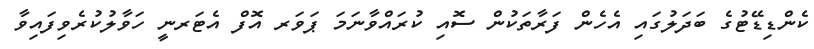
ކެންޑިޑޭޓުގެ ބަދަލުގައި އެހެން ފަރާތަކުން ސޮއި ކުރައްވާނަމަ ޕަވަރ އޮފް އެޓަރނީ ހަވާލުކުރެވިފައިވާ